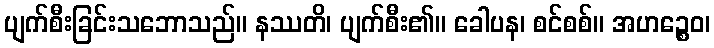
ပျက်စီးခြင်းသဘောသည်။ နဿတိ၊ ပျက်စီး၏။ ခေါပန၊ စင်စစ်။ အဟဉ္စေဝ၊